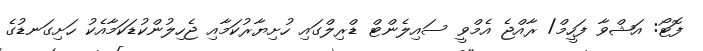
ފޮޓޯ: އަޝްވާ ފަހީމް/ ރާއްޖެ އެމްވީ ސައިލެންޓް ޑްރިލްގައި ހުށިޔާރުކަމާއި ޖެހިލުންކުޑަކަމާއެކު ހަށިގަނޑުގެ